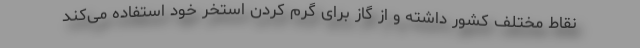
نقاط مختلف کشور داشته و از گاز برای گرم کردن استخر خود استفاده می‌کند